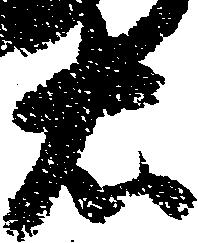
右